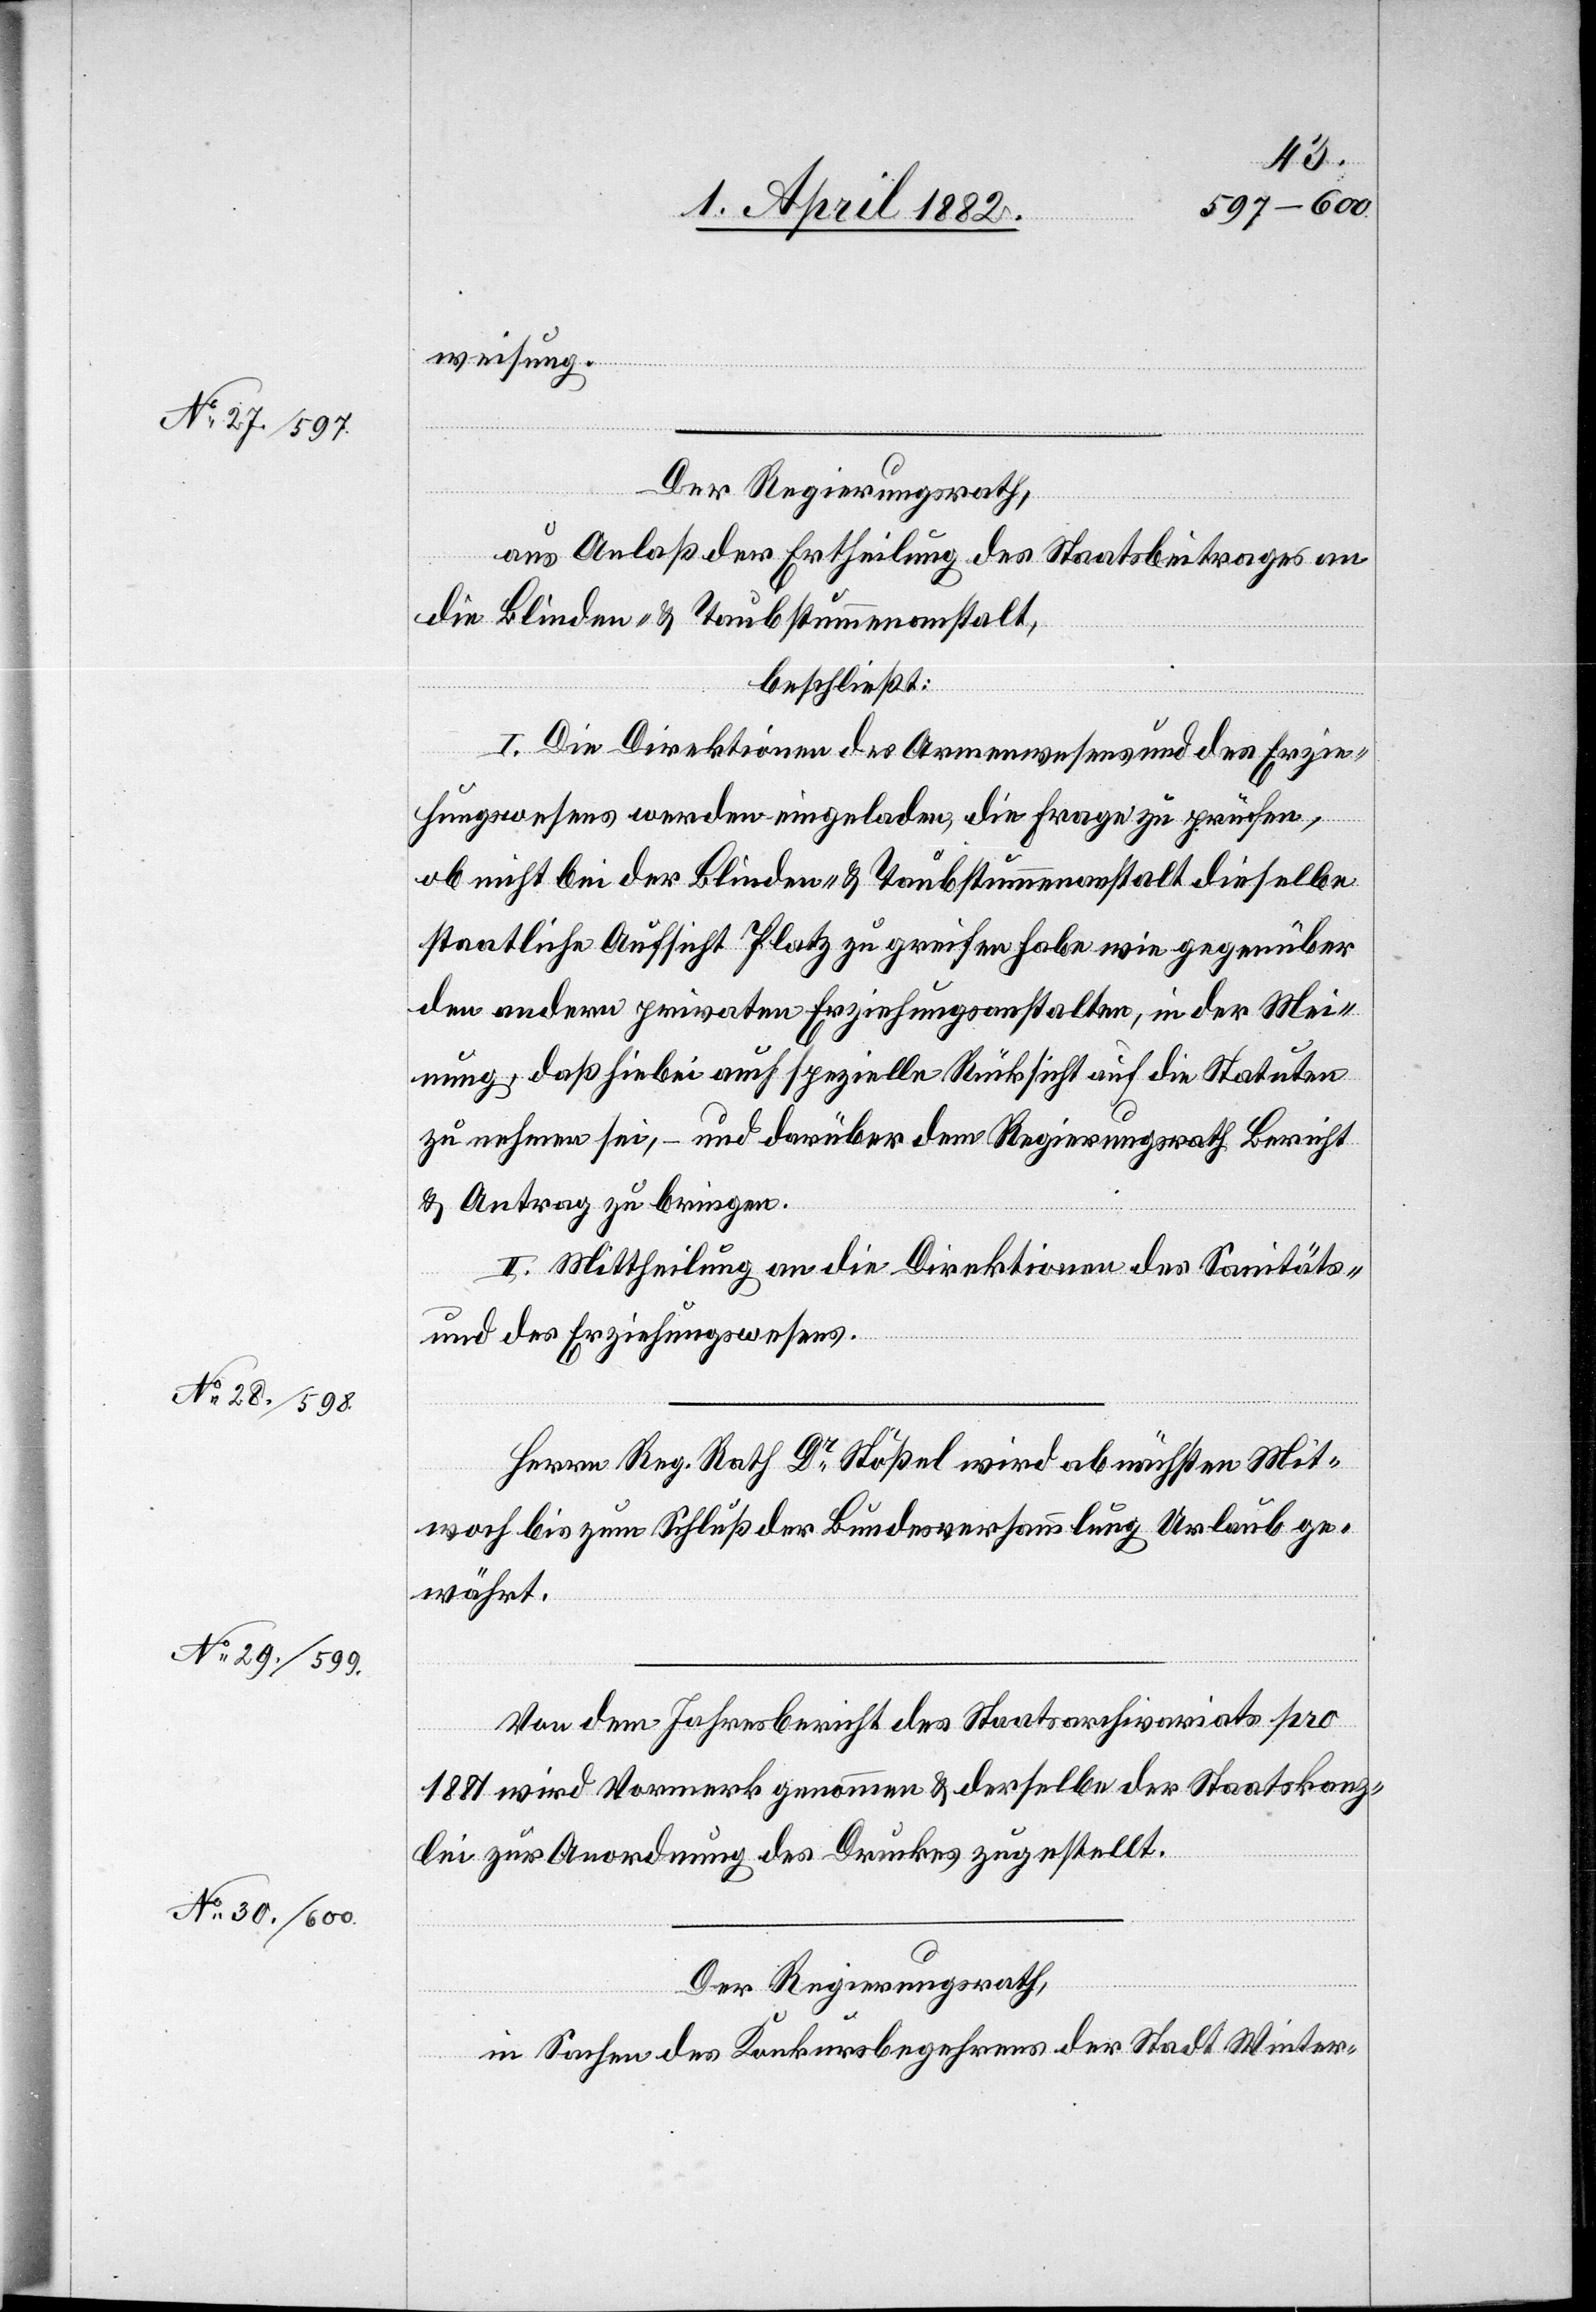
weisung.
Der Regierungsrath,
aus Anlaß der Ertheilung des Staatsbeitrages an
die Blinden- & Taubstummenanstalt,
beschließt:
I. Die Direktionen des Armenwesens und des Erzie¬
hungswesens werden eingeladen, die Frage zu prüfen,
ob nicht bei der Blinden- & Taubstummenanstalt dieselbe
staatliche Aufsicht Platz zu greifen habe wie gegenüber
den andern privaten Erziehungsanstalten, in der Mei¬
nung, daß hiebei auch spezielle Rücksicht auf die Statuten
zu nehmen sei, – und darüber dem Regierungsrath Bericht
& Antrag zu bringen.
II. Mittheilung an die Direktionen des Sanitäts-
und des Erziehungswesens.
Herrn Reg. Rath Dr Stößel wird ab nächsten Mitt¬
woch bis zum Schluß der Bundesversammlung Urlaub ge¬
währt.
Von dem Jahresbericht des Staatsarchivariats pro
1881 wird Vormerk genommen & derselbe der Staatskanz¬
lei zur Anordnung des Druckes zugestellt.
Der Regierungsrath,
in Sachen des Konkursbegehrens der Stadt Winter-